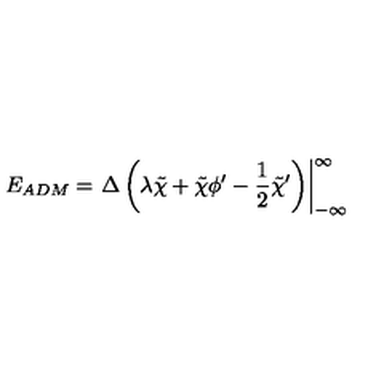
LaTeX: E _ { A D M } = \left. { \Delta } \left( { \lambda } \tilde { \chi } + \tilde { \chi } { \phi } ^ { \prime } - { \frac 1 2 } { \tilde { \chi } } ^ { \prime } \right) \right| _ { - \infty } ^ { \infty }